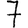
Digit: 7